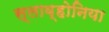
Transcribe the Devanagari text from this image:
स्लाव्होनिया